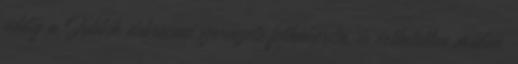
addig a Jobbik debreceni szervezete felháborító, és érthetetlen módon,